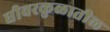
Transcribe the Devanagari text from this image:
धीवरकुळातील